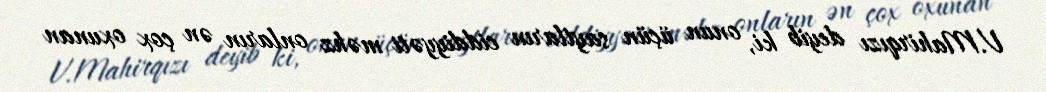
V.Mahirqızı deyib ki, onun üçün saytların ciddiyyəti məhz onların ən çox oxunan